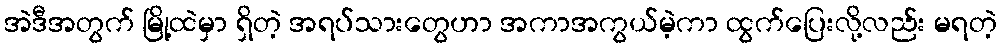
အဲဒီအတွက် မြို့ထဲမှာ ရှိတဲ့ အရပ်သားတွေဟာ အကာအကွယ်မဲ့ကာ ထွက်ပြေးလို့လည်း မရတဲ့